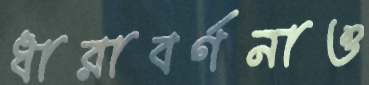
ধারাবর্ণনাও